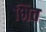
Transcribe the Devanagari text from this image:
भित